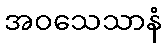
အဝသေသာနံ